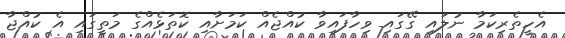
އެހީތެރިކަމާ ނުލައި ގޭގައި ވިހާފައިވާ ކުއްޖެއް ކަމަށާއި ކޮތަޅެއްގެ މަތީގައި އެ ކުއްޖާ